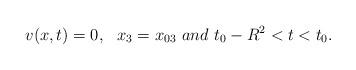
LaTeX: \begin{align*}v(x,t)=0,\,\,\,\,x_{3}=x_{03}\,\,and\,\, t_{0}-R^{2}< t< t_{0}.\end{align*}